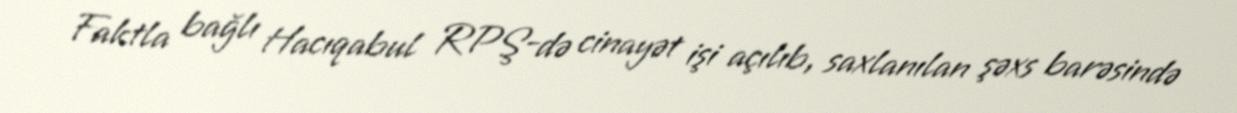
Faktla bağlı Hacıqabul RPŞ-də cinayət işi açılıb, saxlanılan şəxs barəsində